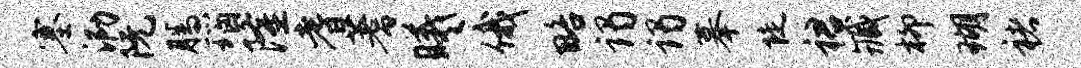
塞泐阮腾瑙隆耆蓍曦俄略谒谒摹陡裙臧柳瑚褚